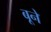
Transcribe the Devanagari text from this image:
बूने